Reports on dispensaries and lunatic asylums in the Province of Oudh - 1869-1876
Year: 1869
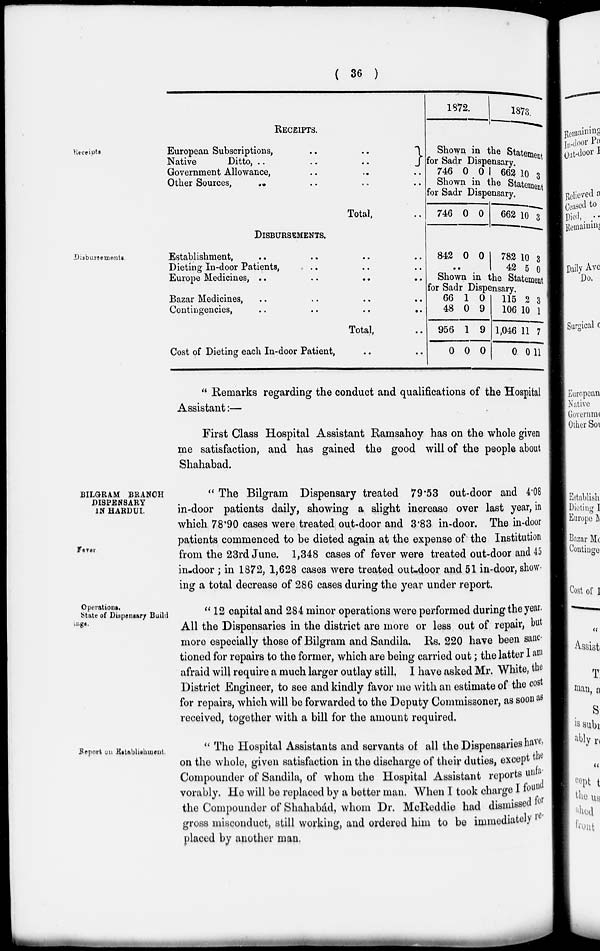
( 36 )
Receipts.
RECEIPTS.
European
Subscriptions,
..
..
Native
Ditto, .. .. ..
Government Allowance, .. .. ..
Other Sources, .. .. .. ..
Total, ..
1872.
1873.
Shown in the Statement
for Sadr Dispensary.
746 0 0
662 10 3
Shown in the Statement
for Sadr Dispensary.
746 0 0
662 10 3
Disbursements.
DISBURSEMENTS.
Establishment, .. .. .. ..
Dieting In-door Patients, .. .. .. ..
Europe Medicines ,
..
..
..
..
Bazar Medicines, .. .. .. ..
Contingencies,
..
..
..
..
Total, ..
Cost of Dieting each In-door Patient , .. ..
842 0 0
..
782
42
10
5
3
0
Shown in the Statement
for Sadr Dispensary
66
48
956
0
1
0
1
0
0
9
9
0
115
106
1,046
0
2
10
11
0
3
1
7
11
" Remarks regarding the conduct and qualifications of the Hospital
Assistant:—
First Class Hospital Assistant Ramsahoy has on the whole given
me satisfaction, and has gained the good will of the people about
Shahabad.
BILGRAM BRANCH
DISPENSARY
IN HARDUI.
Fever
" The Bilgram Dispensary treated 79.53 out-door and 4.08
in-door patients daily, showing a slight increase over last year, in
which 78.90 cases were treated out-door and 3.83 in-door. The in-door
patients commenced to be dieted again at the expense of the Institution
from the 23rd June. 1,348 cases of fever were treated out-door and 45
in-door ; in 1872, 1,628 cases were treated out-door and 51 in-door, show
ing a total decrease of 286 cases during the year under report.
Operations.
State of Dispensary Build
ings.
" 12 capital and 284 minor operations were performed during the year.
All the Dispensaries in the district are more or less out of repair, but
more especially those of Bilgram and Sandila. Rs. 220 have been sanc-
tioned for repairs to the former, which are being carried out; the latter I am
afraid will require a much larger outlay still, I have asked Mr. White, the
District Engineer, to see and kindly favor me with an estimate of the cost
for repairs, which will be forwarded to the Deputy Commissoner, as soon as
received, together with a bill for the amount required.
Report on Establishment.
" The Hospital Assistants and servants of all the Dispensaries have,
on the whole, given satisfaction in the discharge of their duties, except the
Compounder of Sandila, of whom the Hospital Assistant reports unfa-
vorably. He will be replaced by a better man. When I took charge I found
the Compounder of Shahabád, whom Dr. McReddie had dismissed for
gross misconduct, still working, and ordered him to be immediately re-
placed by another man.